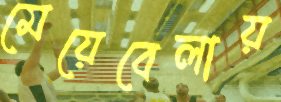
মেয়েবেলায়